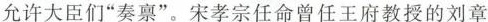
允许大臣们“奏禀”。宋孝宗任命曾任王府教授的刘章